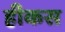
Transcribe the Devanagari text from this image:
हीकस